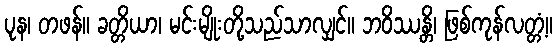
ပုန၊ တဖန်။ ခတ္တိယာ၊ မင်းမျိုးတို့သည်သာလျှင်။ ဘဝိဿန္တိ၊ ဖြစ်ကုန်လတ္တံ့။